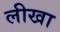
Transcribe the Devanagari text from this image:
लीखा